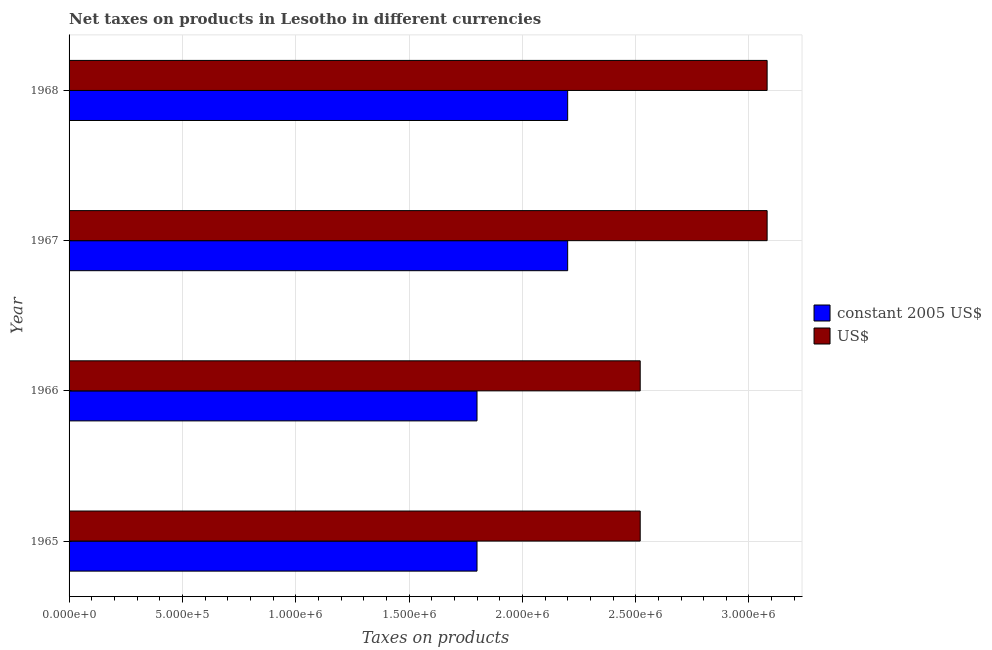
| Year | constant 2005 US$ | US$ |
 | --- | --- | --- |
 | 1965 | 1.8e+06 | 2.52e+06 |
 | 1966 | 1.8e+06 | 2.52e+06 |
 | 1967 | 2.2e+06 | 3.08e+06 |
 | 1968 | 2.2e+06 | 3.08e+06 |